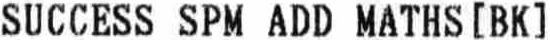
SUCCESS SPM ADD MATHS [BK]